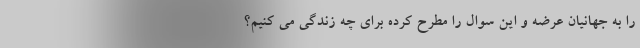
را به جهانیان عرضه و این سوال را مطرح کرده برای چه زندگی می کنیم؟